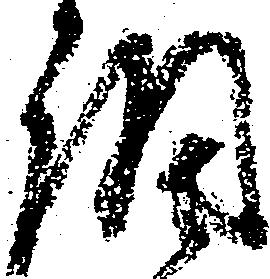
調